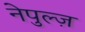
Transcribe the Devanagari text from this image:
नेपुल्ज़